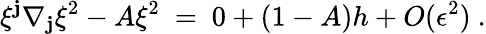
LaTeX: \xi^{\mathbf{j}}\nabla_{\mathbf{j}}\xi^{2}-A\xi^{2}\ =\ 0+(1-A)h+O(\epsilon^{2})\ .